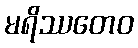
မရိဿတေဝ